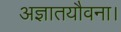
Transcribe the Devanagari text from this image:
अज्ञातयौवना।